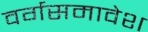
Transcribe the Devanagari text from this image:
वर्गसमावेश